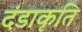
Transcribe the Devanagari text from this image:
दंडाकृति